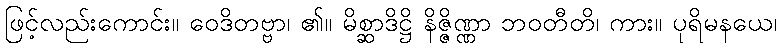
ဖြင့်လည်းကောင်း။ ဝေဒိတဗ္ဗာ၊ ၏။ မိစ္ဆာဒိဋ္ဌိ နိဇ္ဇိဏ္ဏာ ဘဝတီတိ၊ ကား။ ပုရိမနယေ၊